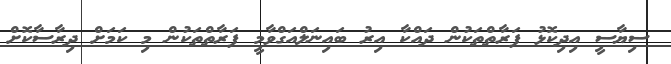
ސިޔާސީ އިދިކޮޅު ފަރާތްތަކުން ދައްކާ އިރު ބައިނަލްއަގްވާމީ ފަރާތްތަކުން މި ކަމަށް ދިރާސާކޮށް